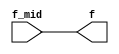
`timescale 1ns / 1ps

module celda_final(
    input f_mid,
    output f
);

assign f = f_mid;

endmodule